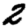
Digit: 2